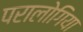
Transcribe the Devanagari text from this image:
परालोगिया